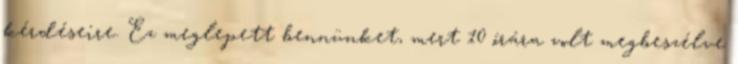
kérdéseire. Ez meglepett bennünket, mert 10 órára volt megbeszélve